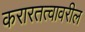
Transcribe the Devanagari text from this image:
करारतत्वावरील